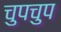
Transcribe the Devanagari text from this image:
चुपचुप